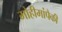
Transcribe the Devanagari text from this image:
मोहीमांपैकी